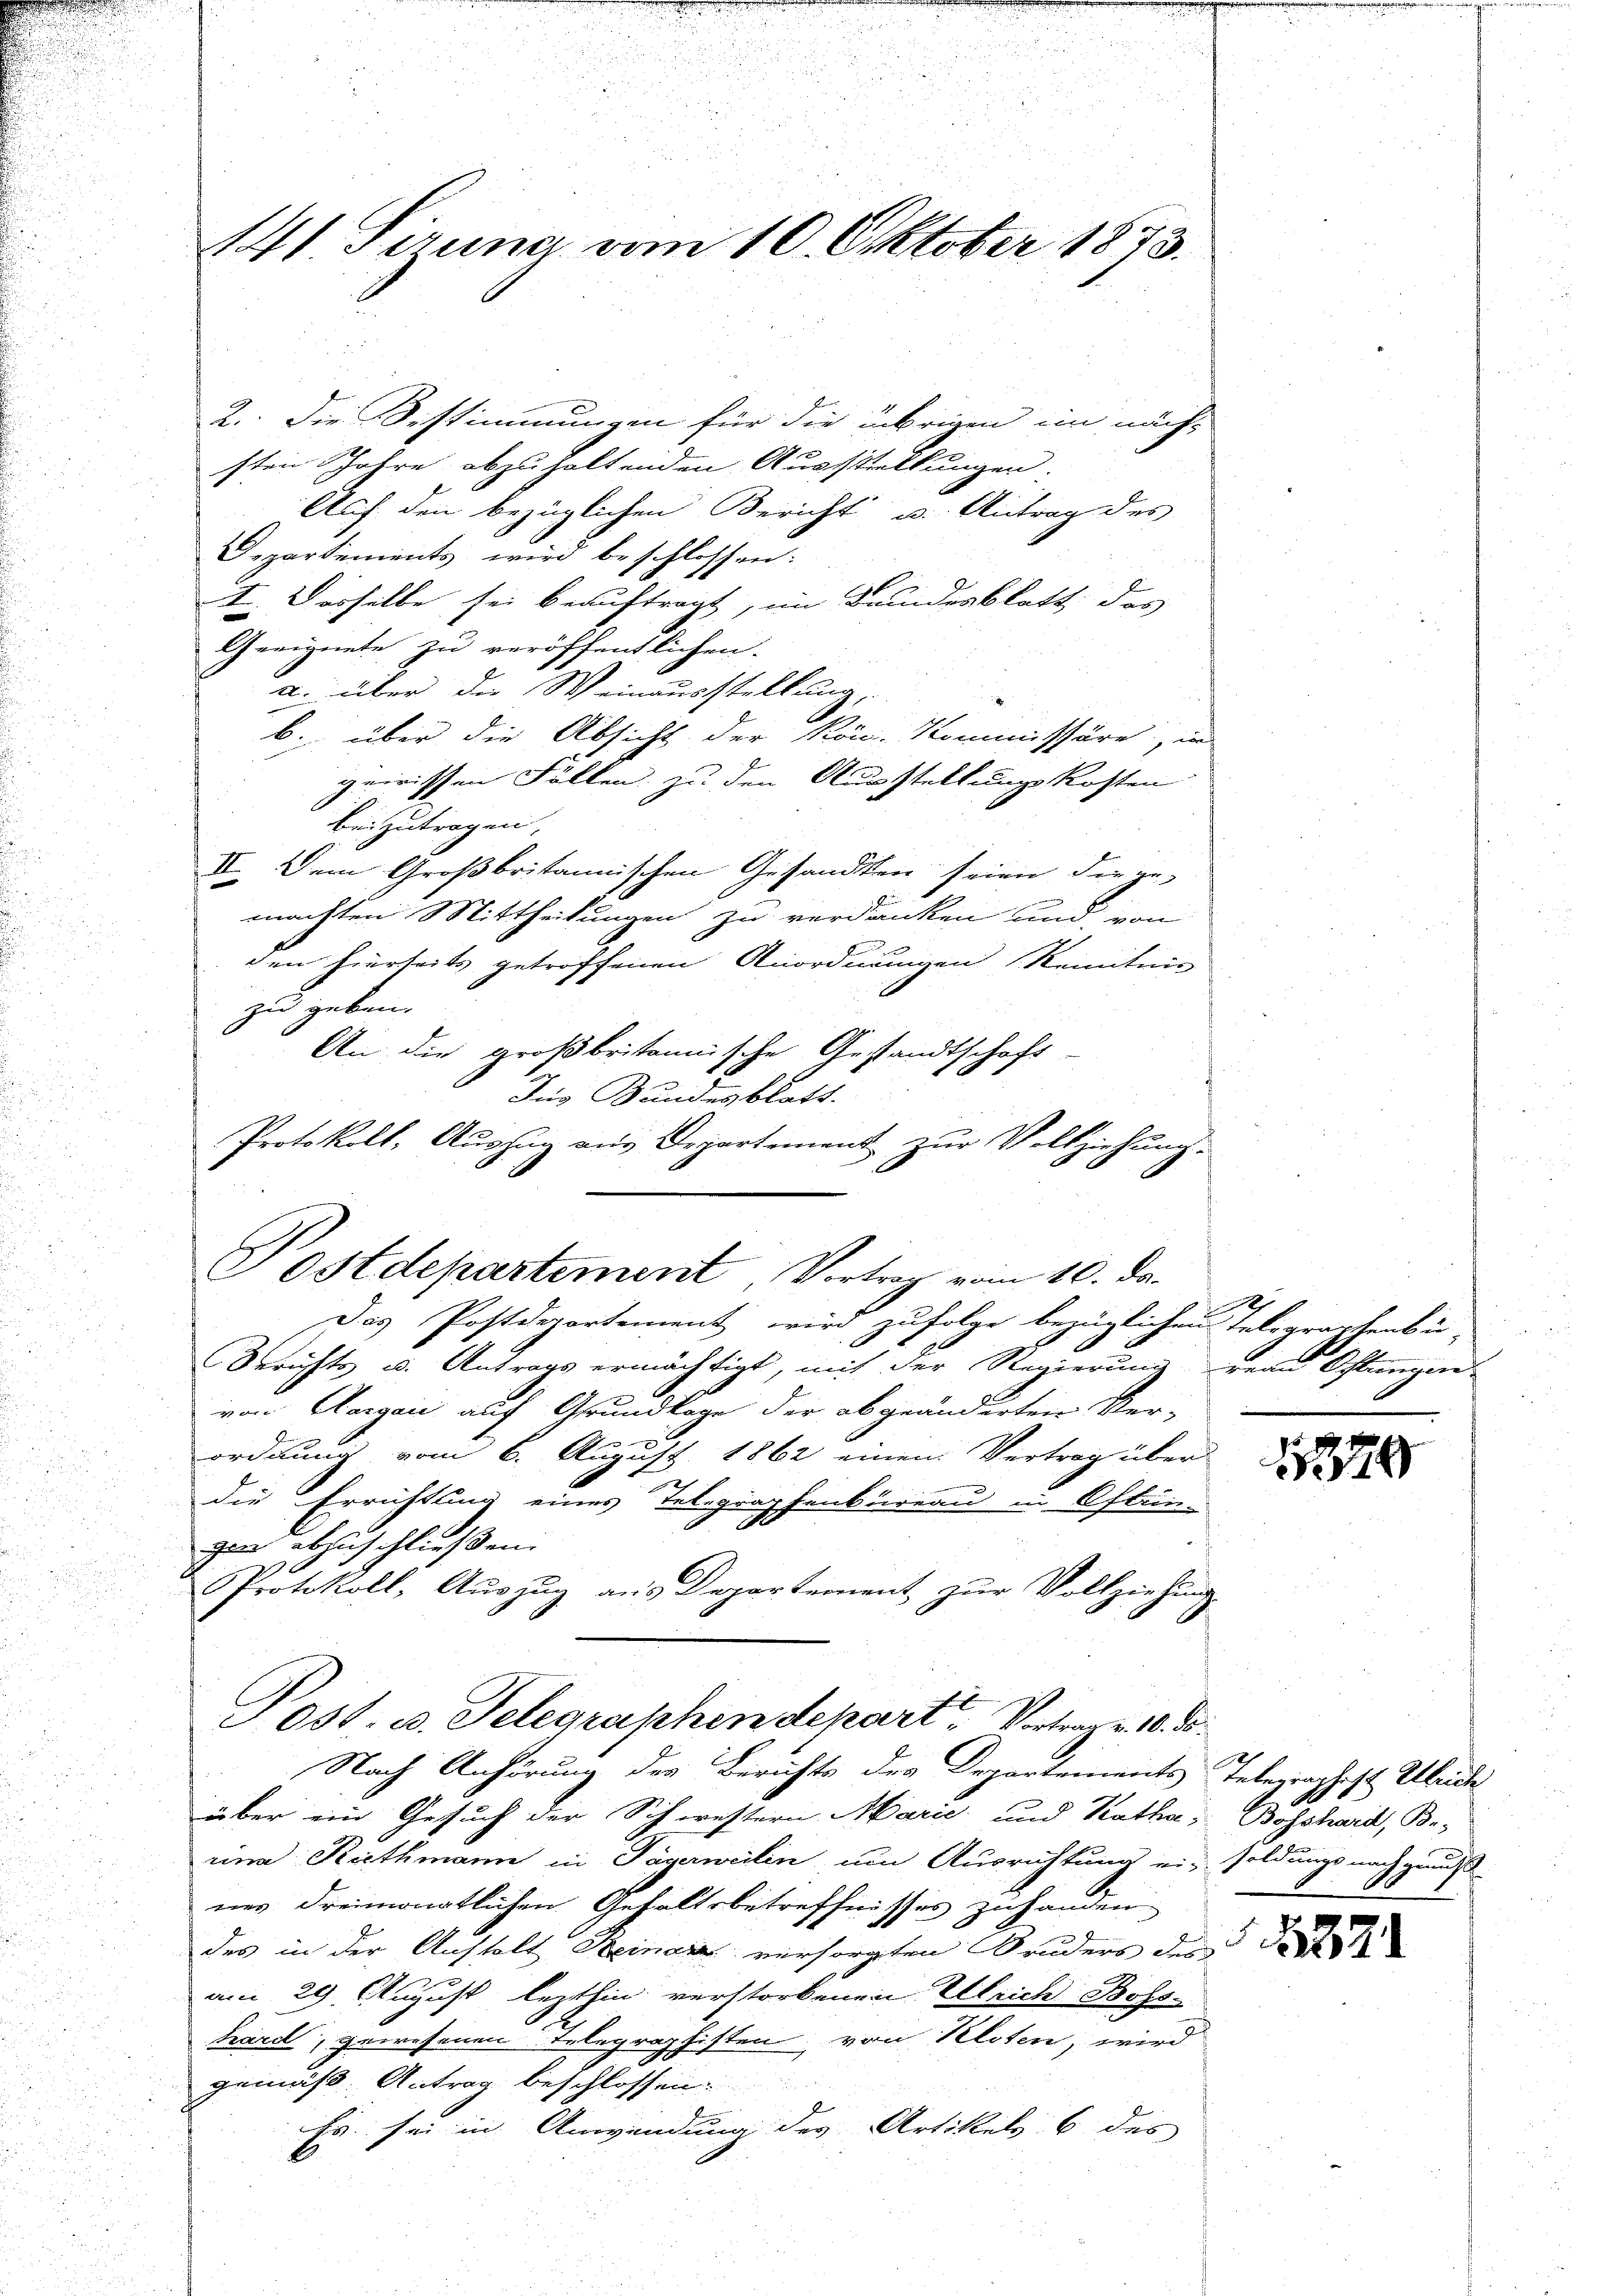
Ostdepartement Vortrag vom 10. ds.

141 Firung vom 10. Oktober 1873.

2. Die Bestimmungen für die übrigen ein näch-
sten Jahre abzuhaltenden Ausstellungen.
Auf den bezüglichen Bericht u. Antrag des
Departements wird beschlossen:
I. Dasselbe sei beauftragt, im Bundesblatt, das
Geeignete zu veröffentlichen.
u. über die Weinausstellung,
b. über die Absicht der Kön. Kommissäre, und
gewissen Fällen zu den Ausstellungskosten.
binzutragen.
IV. Dem Großbritannischen Gesandten seien die ge-
machten Mittheilungen zu verdanken und von
den hierseits getroffenen Anordnungen Kenntnis
zu geben.
An die großbritannische Gestandtschaft-
Für Bundesblatt.
Protokoll, Auszug aus Departement zur Vollziehung.

Das Postdepartement wird zufolge bezüglichen Telegraphenbü-
Berichts u. Antrags ermächtigt, mit der Regierung von Ostwegen-
von Aargaić auf Grundlage der abgeänderten Ver-
ordnung vom 6. August 1862 einen Vertrag über
c
  der einer eige
die Errichtung eines Telegraphenbureau in Osten-
gen abzuschließen.
Protokoll, Auszug aus Departement zur Vollziehung
Nach Anhörung des Berichts des Departements Telegraphist. Übric
über ein Gesuch der Schwestern Marie und Ratha,
rina Riethmann in Tageweilen, um Ausrichtung ein soldungs nachgenuß
nes dreimonatlichen Gehaltsbetreffnisses zuhanden
des in der Anstalt Seiner versorgten Bruders des
am 29. August lezthin verstorbenen Ulrich Bosshard, gewesenen Telegraphisten, von Kloten, wird
gemäß Antrag beschlossen.
Es sei in Anwendung des Artikels 6 des

051. u. Telegraphen depart. Vortrag v. 10. ds.

.

1

Bosshard, B.-

222.